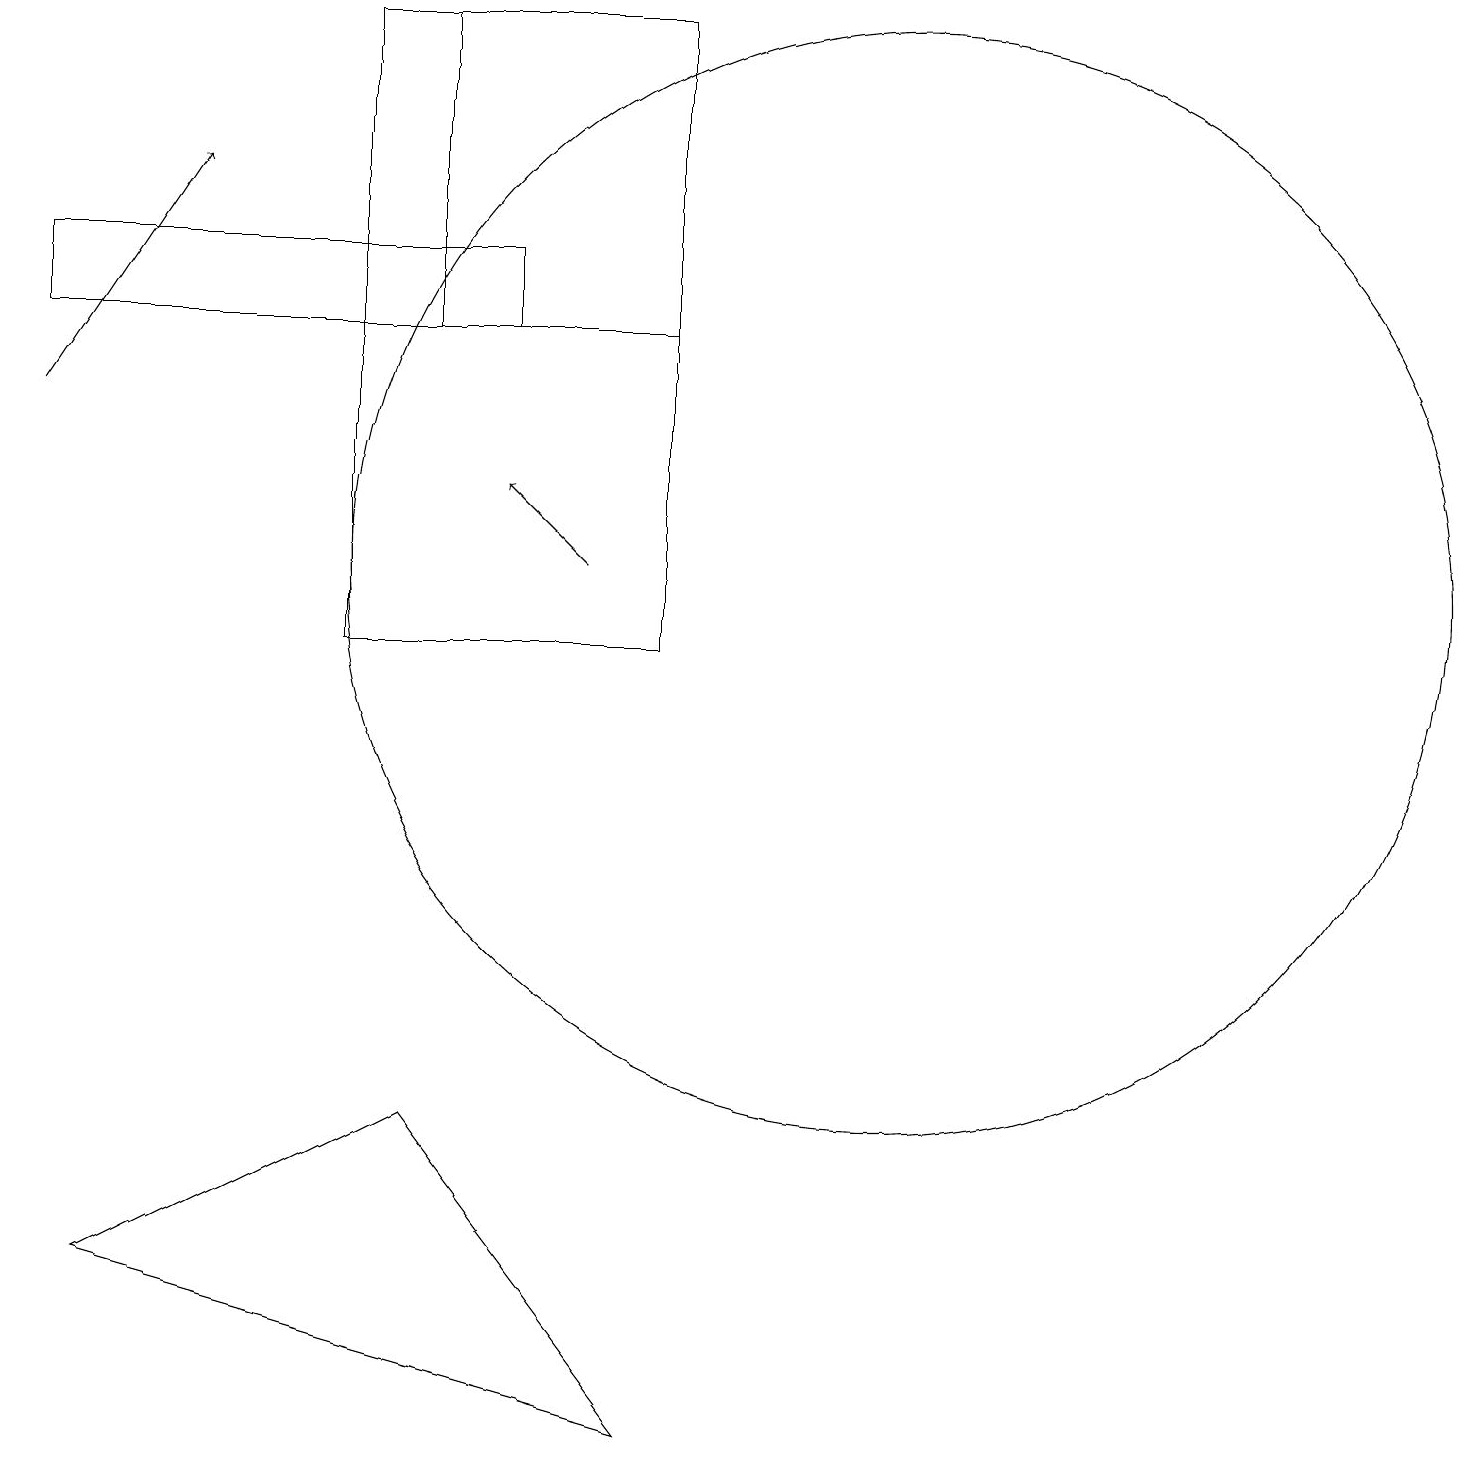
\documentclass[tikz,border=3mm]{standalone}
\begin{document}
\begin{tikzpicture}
\draw (11,12) circle (7);
\draw (8,15) rectangle (5,19);
\draw (6,16) rectangle (0,15);
\draw[->] (7,12) -- (6,13);
\draw (4,11) rectangle (8,19);
\draw[->] (0,14) -- (2,17);
\draw (8,1) -- (5,5) -- (1,3) -- cycle;
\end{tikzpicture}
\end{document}